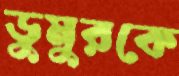
ডুমুরকে